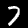
Label: 7